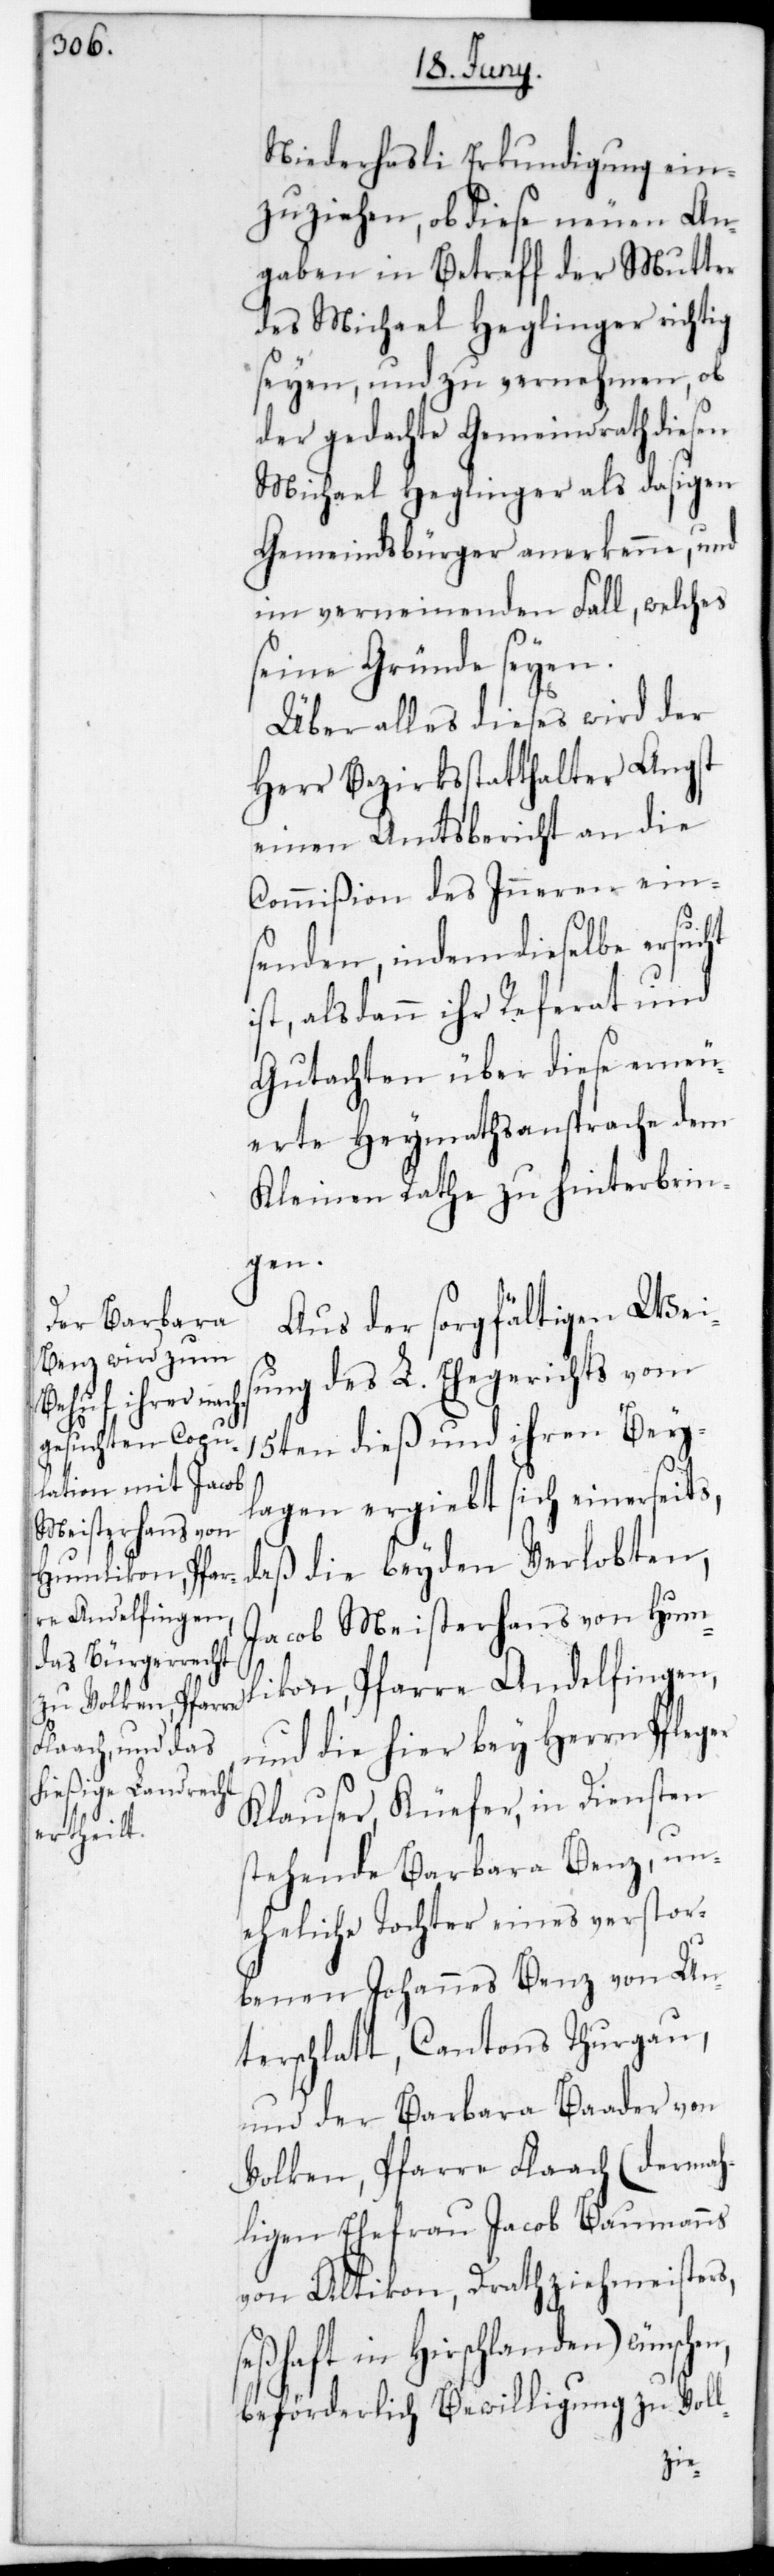
Niederhasli Erkundigung ein¬
zuziehen, ob diese neuen An¬
gaben in Betreff der Mutter
des Michael Heglinger richtig
seyen, und zu vernehmen, ob
der gedachte Gemeindrath diesen
Michael Heglinger als dasigen
Gemeindsbürger anerkenne, und
im verneindenden Fall, welches
seine Gründe seyen.
Über alles dieses wird der
Herr Bezirksstatthalter Angst
einen Amtsbericht an die
Commißion des Inneren ein¬
senden, indem dieselbe ersucht
ist, als dann ihr Referath und
Gutachten über diese erneu¬
erete Heymathsansprache dem
Kleinen Rathe zu hinterbrin¬
hen,
Aus der sorgfältigen Weis¬
ung des L. Ehegerichts vom
15ten dieß und ihren Bey¬
lagen ergibt sich einerseits,
daß die beyden Verlobten,
Jacob Meisterhans von Hum¬
likon, Pfarre Andelfingen,
und die hier bey Herrn Pfleger
Klauser, Küefer, in Diensten
stehende Barbara Benz, un¬
eheliche Tochter eines verstor¬
benen Johannes Benz von Un¬
terschlatt, Cantons Thurgau,
und der Barbara Baader von
Volken, Pfarre Flaach (dermah¬
ligen Ehefrau Jacob Baumanns
von Altikon, Drahtziehmeisters,
ßhaft in Hirslanden) wünsc¬
beförderlich Bewilligung zu Voll-
se¬